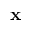
\textbf { x }